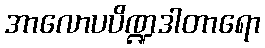
အာလောပပိဏ္ဍဒါတာရော